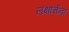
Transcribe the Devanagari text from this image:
लक्षार्चना